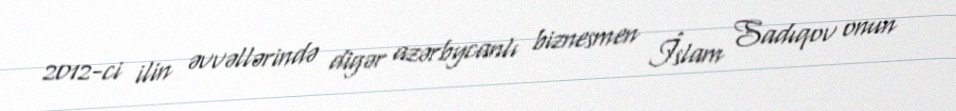
2012-ci ilin əvvəllərində digər azərbycanlı biznesmen İslam Sadıqov onun